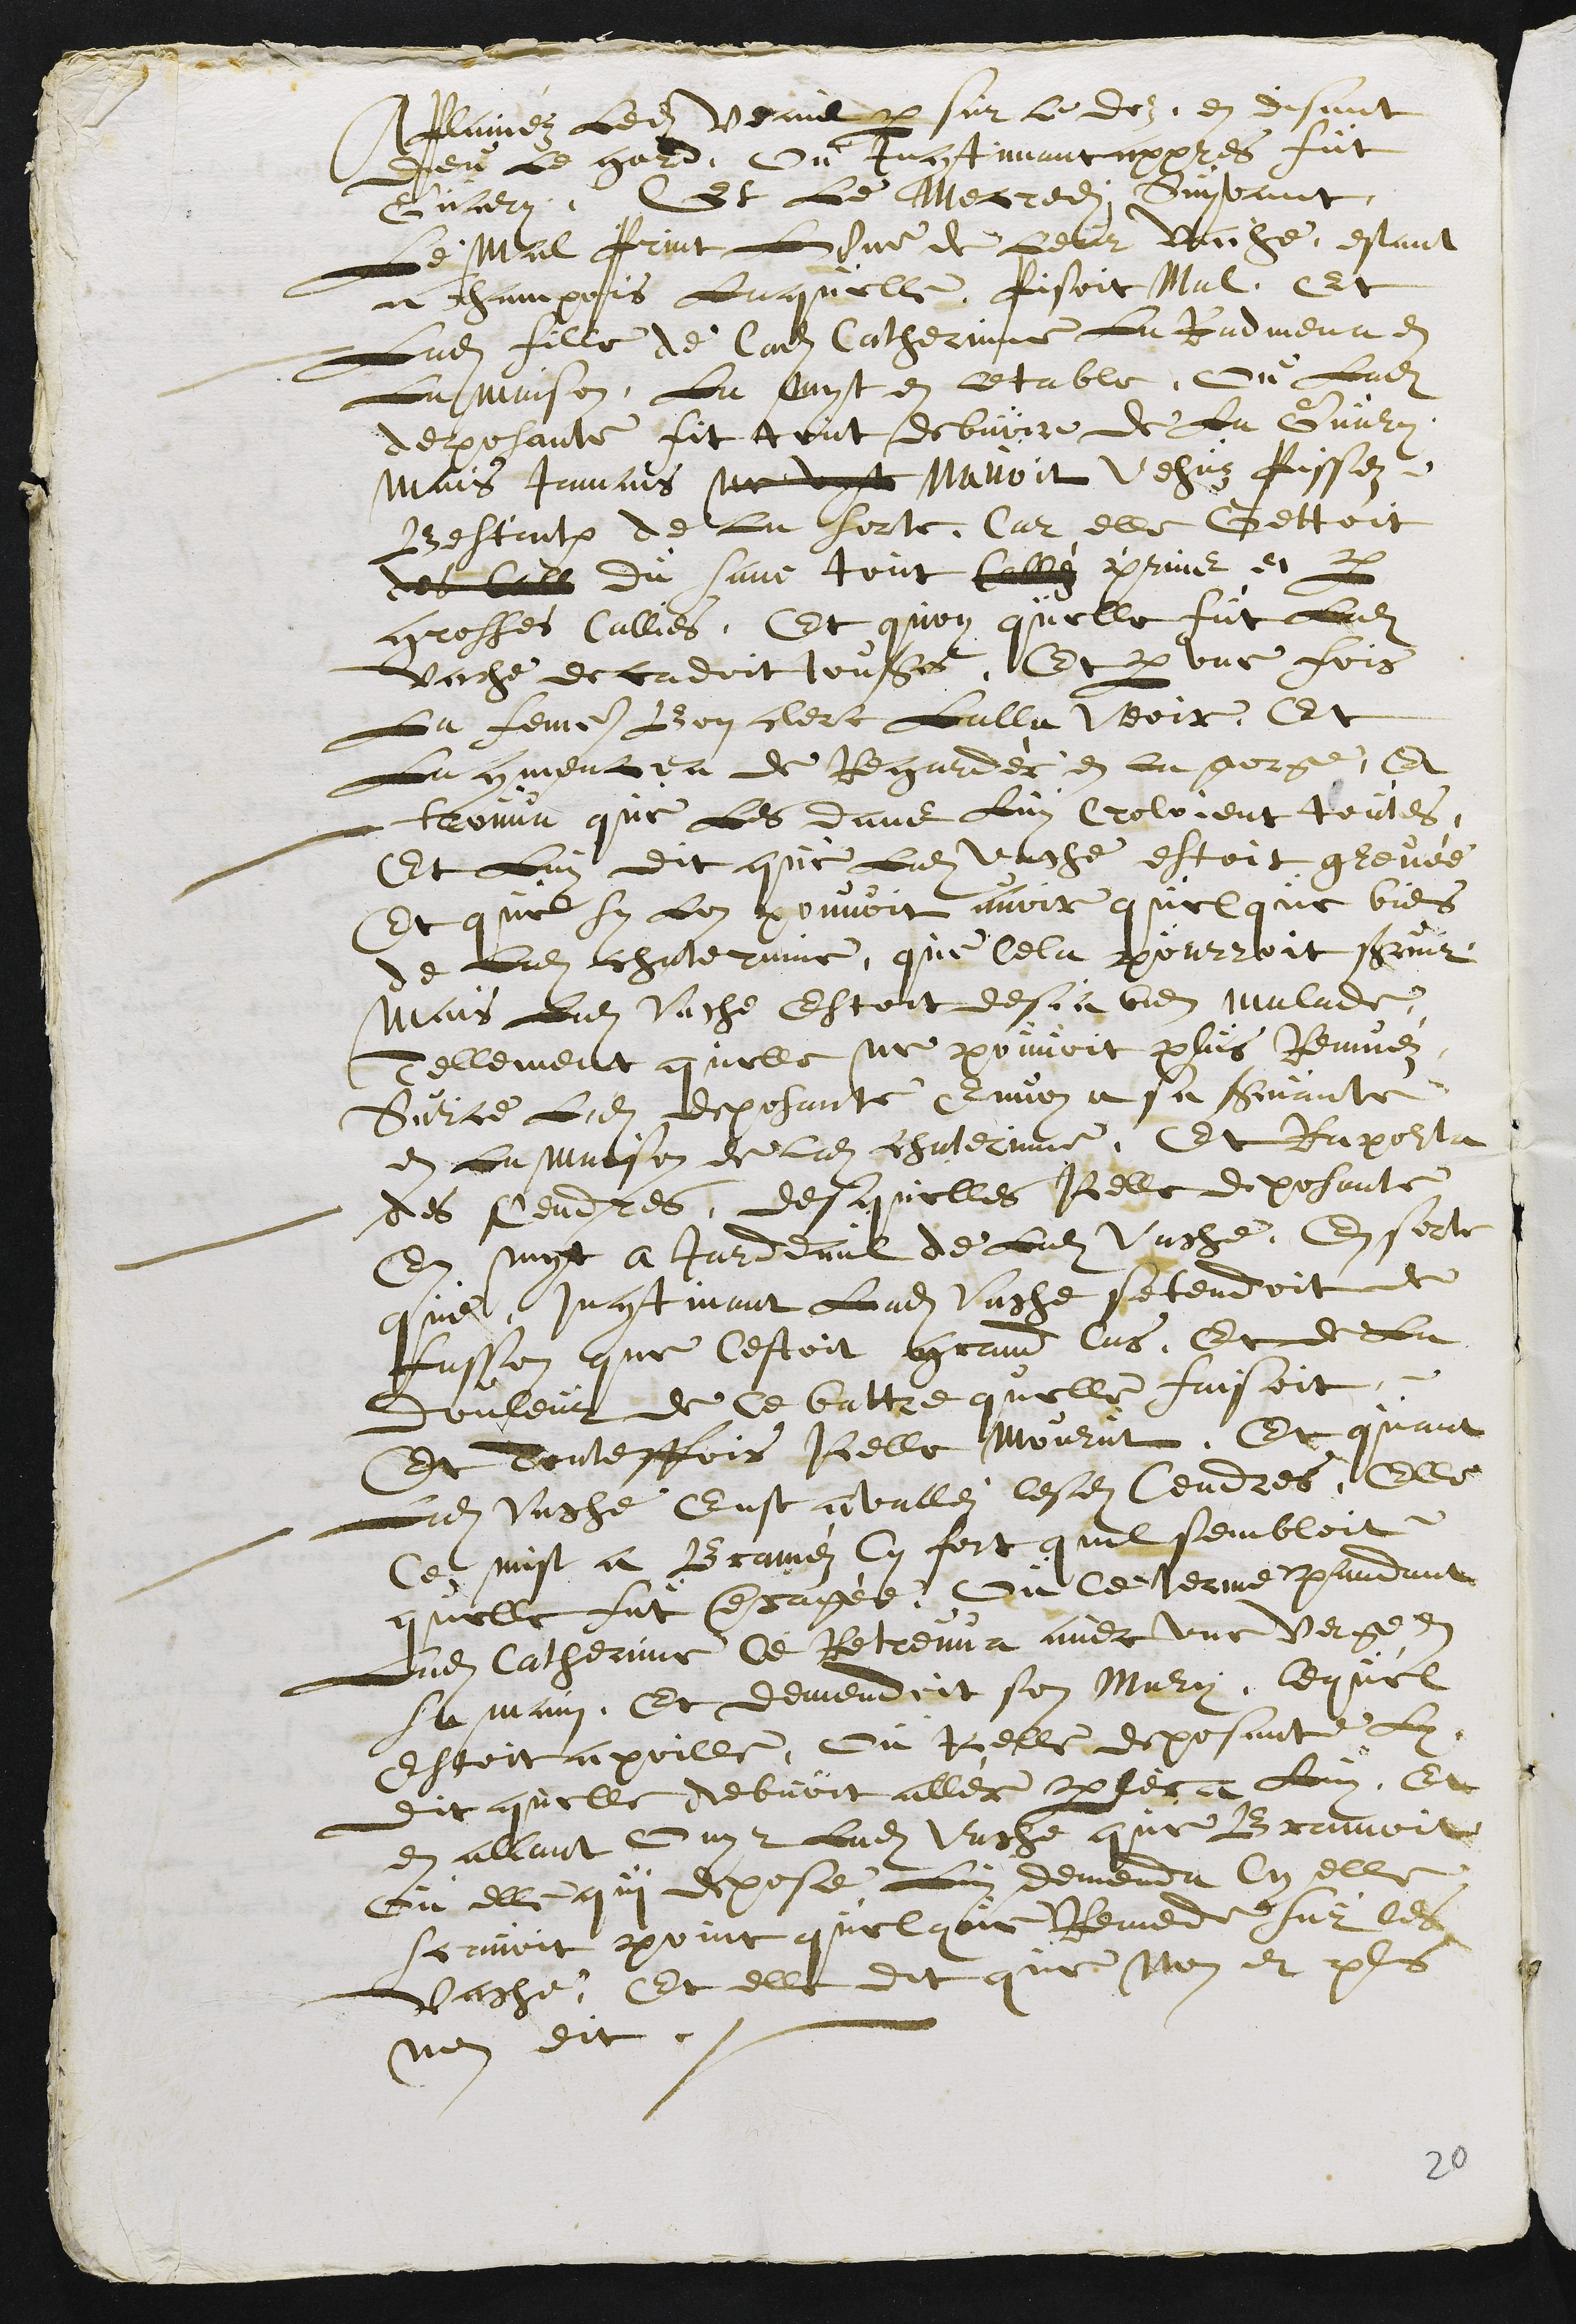
APlainéz Ledit veaul par sur le doz, en disant
dieu le gard, ou Incontinant appres fut
Guary. Et Le Mecredi suyvant,
Le Mal Print Lune de leur Vaiche, estant
a champois Laquelle pisoit Mal, Et
Ladite fille de ladite Catherinne La Radmena en
La maison, La myt en letable, ou Ladite
deposante fit tout debvoir de La Guary.
Mais Jamais ne vyt Navoit Vehuz Pissez
Bestialx de la sorte, Car elle Gettoit
des Call du sanc tout Calléz prins et par
grosses Callies, Et quoy quelle fut Ladite
vache decadoit tousjours, Et par une fois
La femme Bon clerc Lalla veoir, Et
La commencea de Regardér en la gorge, Et
trouva que Les dans Luy Croloient toutes,
Et luy dit que Ladite vache estoit grevée
Et que sy lon pouvoit avoir quelque biens
de Ladite chaterinne, que cela pourroit servir,
mais Ladite Vache Estoit desja bien malade,
Tellement quelle ne pouvoit plus Remuéz,
Sur ce Ladite deposante Envoya sa servante
en la maison de ladite chaterine, Et Rapourta
des Cendres, desquelles Icelle deposante
En myt a Jardeaul de Ladite Vache, En sorte
que Incontinant Ladite Vache setendoit de
fasson que cestoit grand Cas, Et de La
douleur de Ce battre quelle faisoit,
Et Touteffois Icelle Mourut. Et quant
Ladite Vache Eust avalléz lesdites Cendres, Elle
Ce mist a Braméz Cy fort quil sembloit
quelle fut enragée. Ou Ce terme pandant
Ladite Catherine Ce Retreuva avec une verge en
sa main, Et demendoit son Mary, lequel
estoit a poille, ou Icelle deposante Luy
dit quelle debvoit allér parlér a Luy. Et
en allant ouyr Ladite vache que Bramoit
ou elle qui depose Luy demenda Cy elle
scavoit point quelque Remede sur les
vache? Et elle dit que non et plus
nen dit.